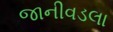
જાનીવડલા